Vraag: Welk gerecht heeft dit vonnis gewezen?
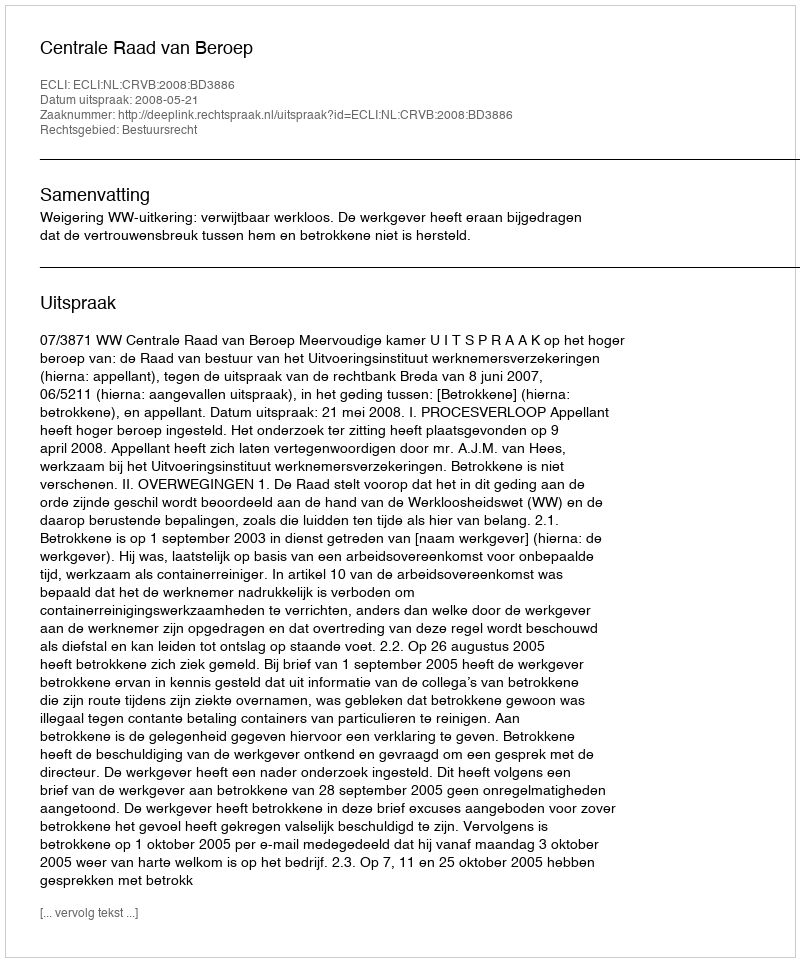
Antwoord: Centrale Raad van Beroep